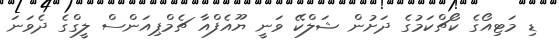
ޑި މަޓިއޯގެ ކޯޗްކަމުގެ ދަށުން ޝަލްކޭ ވަނީ ޔޫއެފްއާ ޗެމްޕިއަންސް ލީގްގެ ދެވަނަ